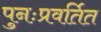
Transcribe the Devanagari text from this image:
पुनःप्रवर्तित